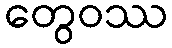
တွေဝဿ